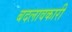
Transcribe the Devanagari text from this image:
बदलावकारी